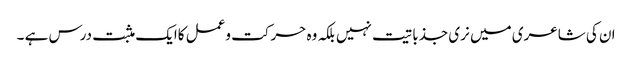
ان کی شاعری میں نری جذباتیت نہیں بلکہ وہ حرکت وعمل کاایک مثبت درس ہے ۔